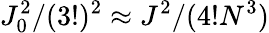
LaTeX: J_{0}^{2}/(3!)^{2}\approx J^{2}/(4!N^{3})